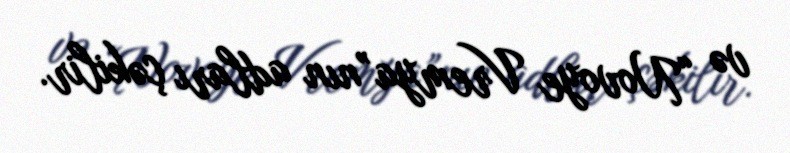
və “Novoye Vremya”nın adları çəkilir.